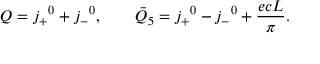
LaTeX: Q = j _ { + } { } ^ { 0 } + j _ { - } { } ^ { 0 } , \qquad { \bar { Q } } _ { 5 } = j _ { + } { } ^ { 0 } - j _ { - } { } ^ { 0 } + \frac { e c L } { \pi } .